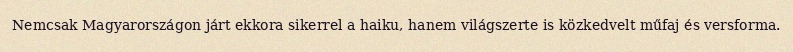
Nemcsak Magyarországon járt ekkora sikerrel a haiku, hanem világszerte is közkedvelt műfaj és versforma.